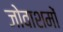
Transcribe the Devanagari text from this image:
जोवाशमों